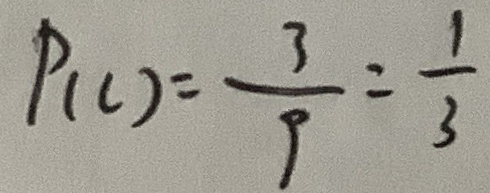
P ( C ) = \frac { 3 } { 9 } = \frac { 1 } { 3 }